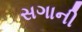
સગાની